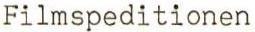
Filmspeditionen